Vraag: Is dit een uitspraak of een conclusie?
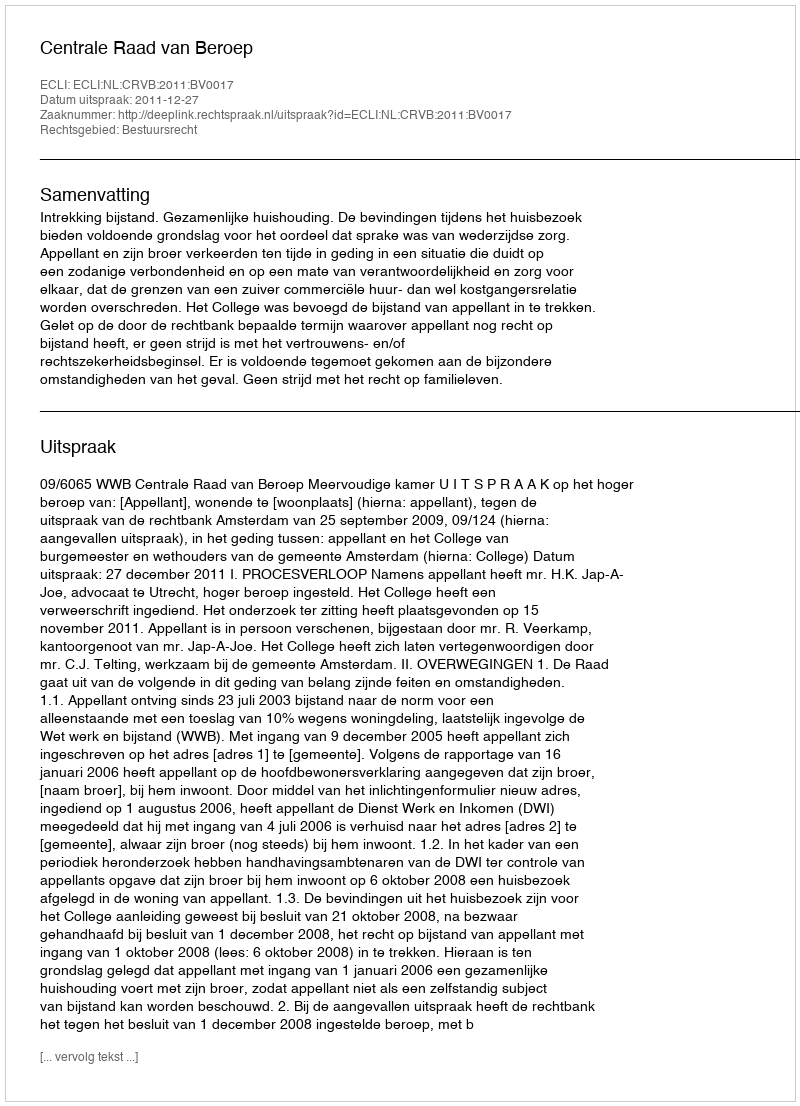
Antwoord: Uitspraak